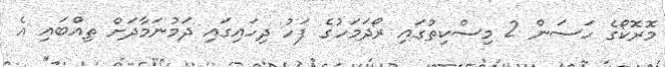
މޮރޮކޯގެ ހަސަން 2 މިސްކިތުގައި ރޯދަމަހުގެ ފަހު ދިހައިގައި ދަމުނަމާދަށް ތިއްބައި އެ